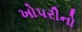
ખોપરીનો